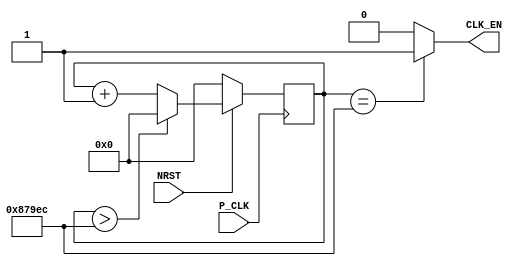
module visible_clock (
    input P_CLK,
    input NRST,
    
    output CLK_EN
);

reg [19:0] timer;

always @ (posedge P_CLK) begin
    if (!NRST)
        timer <= 20'd0;
    else if (timer > 20'd555500)
        timer <= 20'd0;
    else
        timer <= timer + 1'b1;
end

assign CLK_EN = (timer == 20'd555500) ? 1'b1 : 1'b0; // 60Hz for P_CLK

endmodule